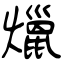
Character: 爉